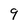
Character: 9